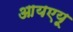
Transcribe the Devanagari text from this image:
आयएयू